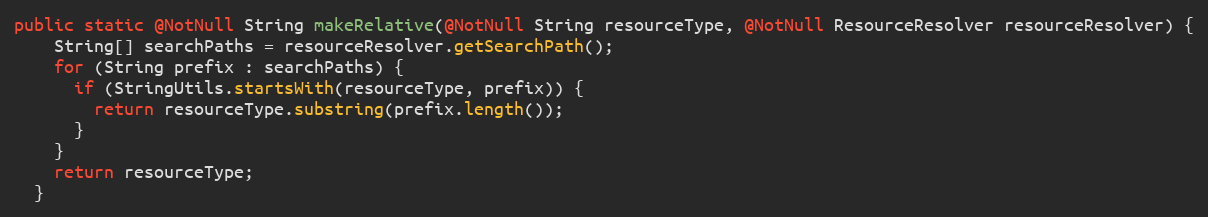
Language: Java
public static @NotNull String makeRelative(@NotNull String resourceType, @NotNull ResourceResolver resourceResolver) {
    String[] searchPaths = resourceResolver.getSearchPath();
    for (String prefix : searchPaths) {
      if (StringUtils.startsWith(resourceType, prefix)) {
        return resourceType.substring(prefix.length());
      }
    }
    return resourceType;
  }